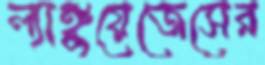
ল্যাঙ্গুয়েজেসের